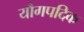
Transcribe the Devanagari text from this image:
यौगपदिक